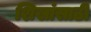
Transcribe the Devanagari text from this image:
शिखांसाठी